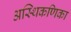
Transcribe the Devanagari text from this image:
अस्थिकणिका